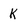
Character: k